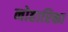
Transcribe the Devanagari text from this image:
नोहारिका